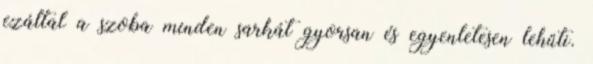
ezáltal a szoba minden sarkát gyorsan és egyenletesen lehűti.